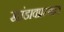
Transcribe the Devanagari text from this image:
खांडावप्रस्थात